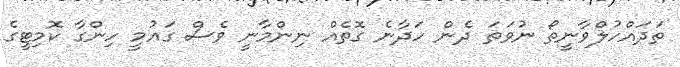
ތަދައްހުލްވާނީތޯ ނުވަތަ ދެން ހަދާނެ ގޮތެއް ނިންމާނީ ވެސް ގައުމީ ހިންގާ ކޮމިޓީގެ